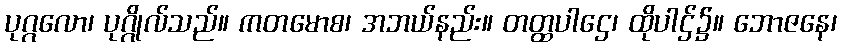
ပုဂ္ဂလော၊ ပုဂ္ဂိုလ်သည်။ ကတမောစ၊ အဘယ်နည်း။ တတ္ထပါဌေ၊ ထိုပါဌ်၌။ ဘောဇနေ၊